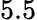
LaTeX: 5.5